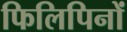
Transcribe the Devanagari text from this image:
फिलिपिनों